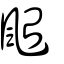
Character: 颱